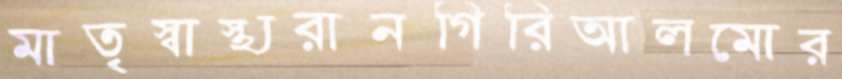
মাতৃস্বাস্থ্যরানগিরিআলমোর